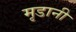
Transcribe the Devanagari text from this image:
मृडानी